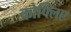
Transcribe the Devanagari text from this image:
कोफ्लिए